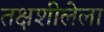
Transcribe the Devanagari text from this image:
तक्षशीलेला